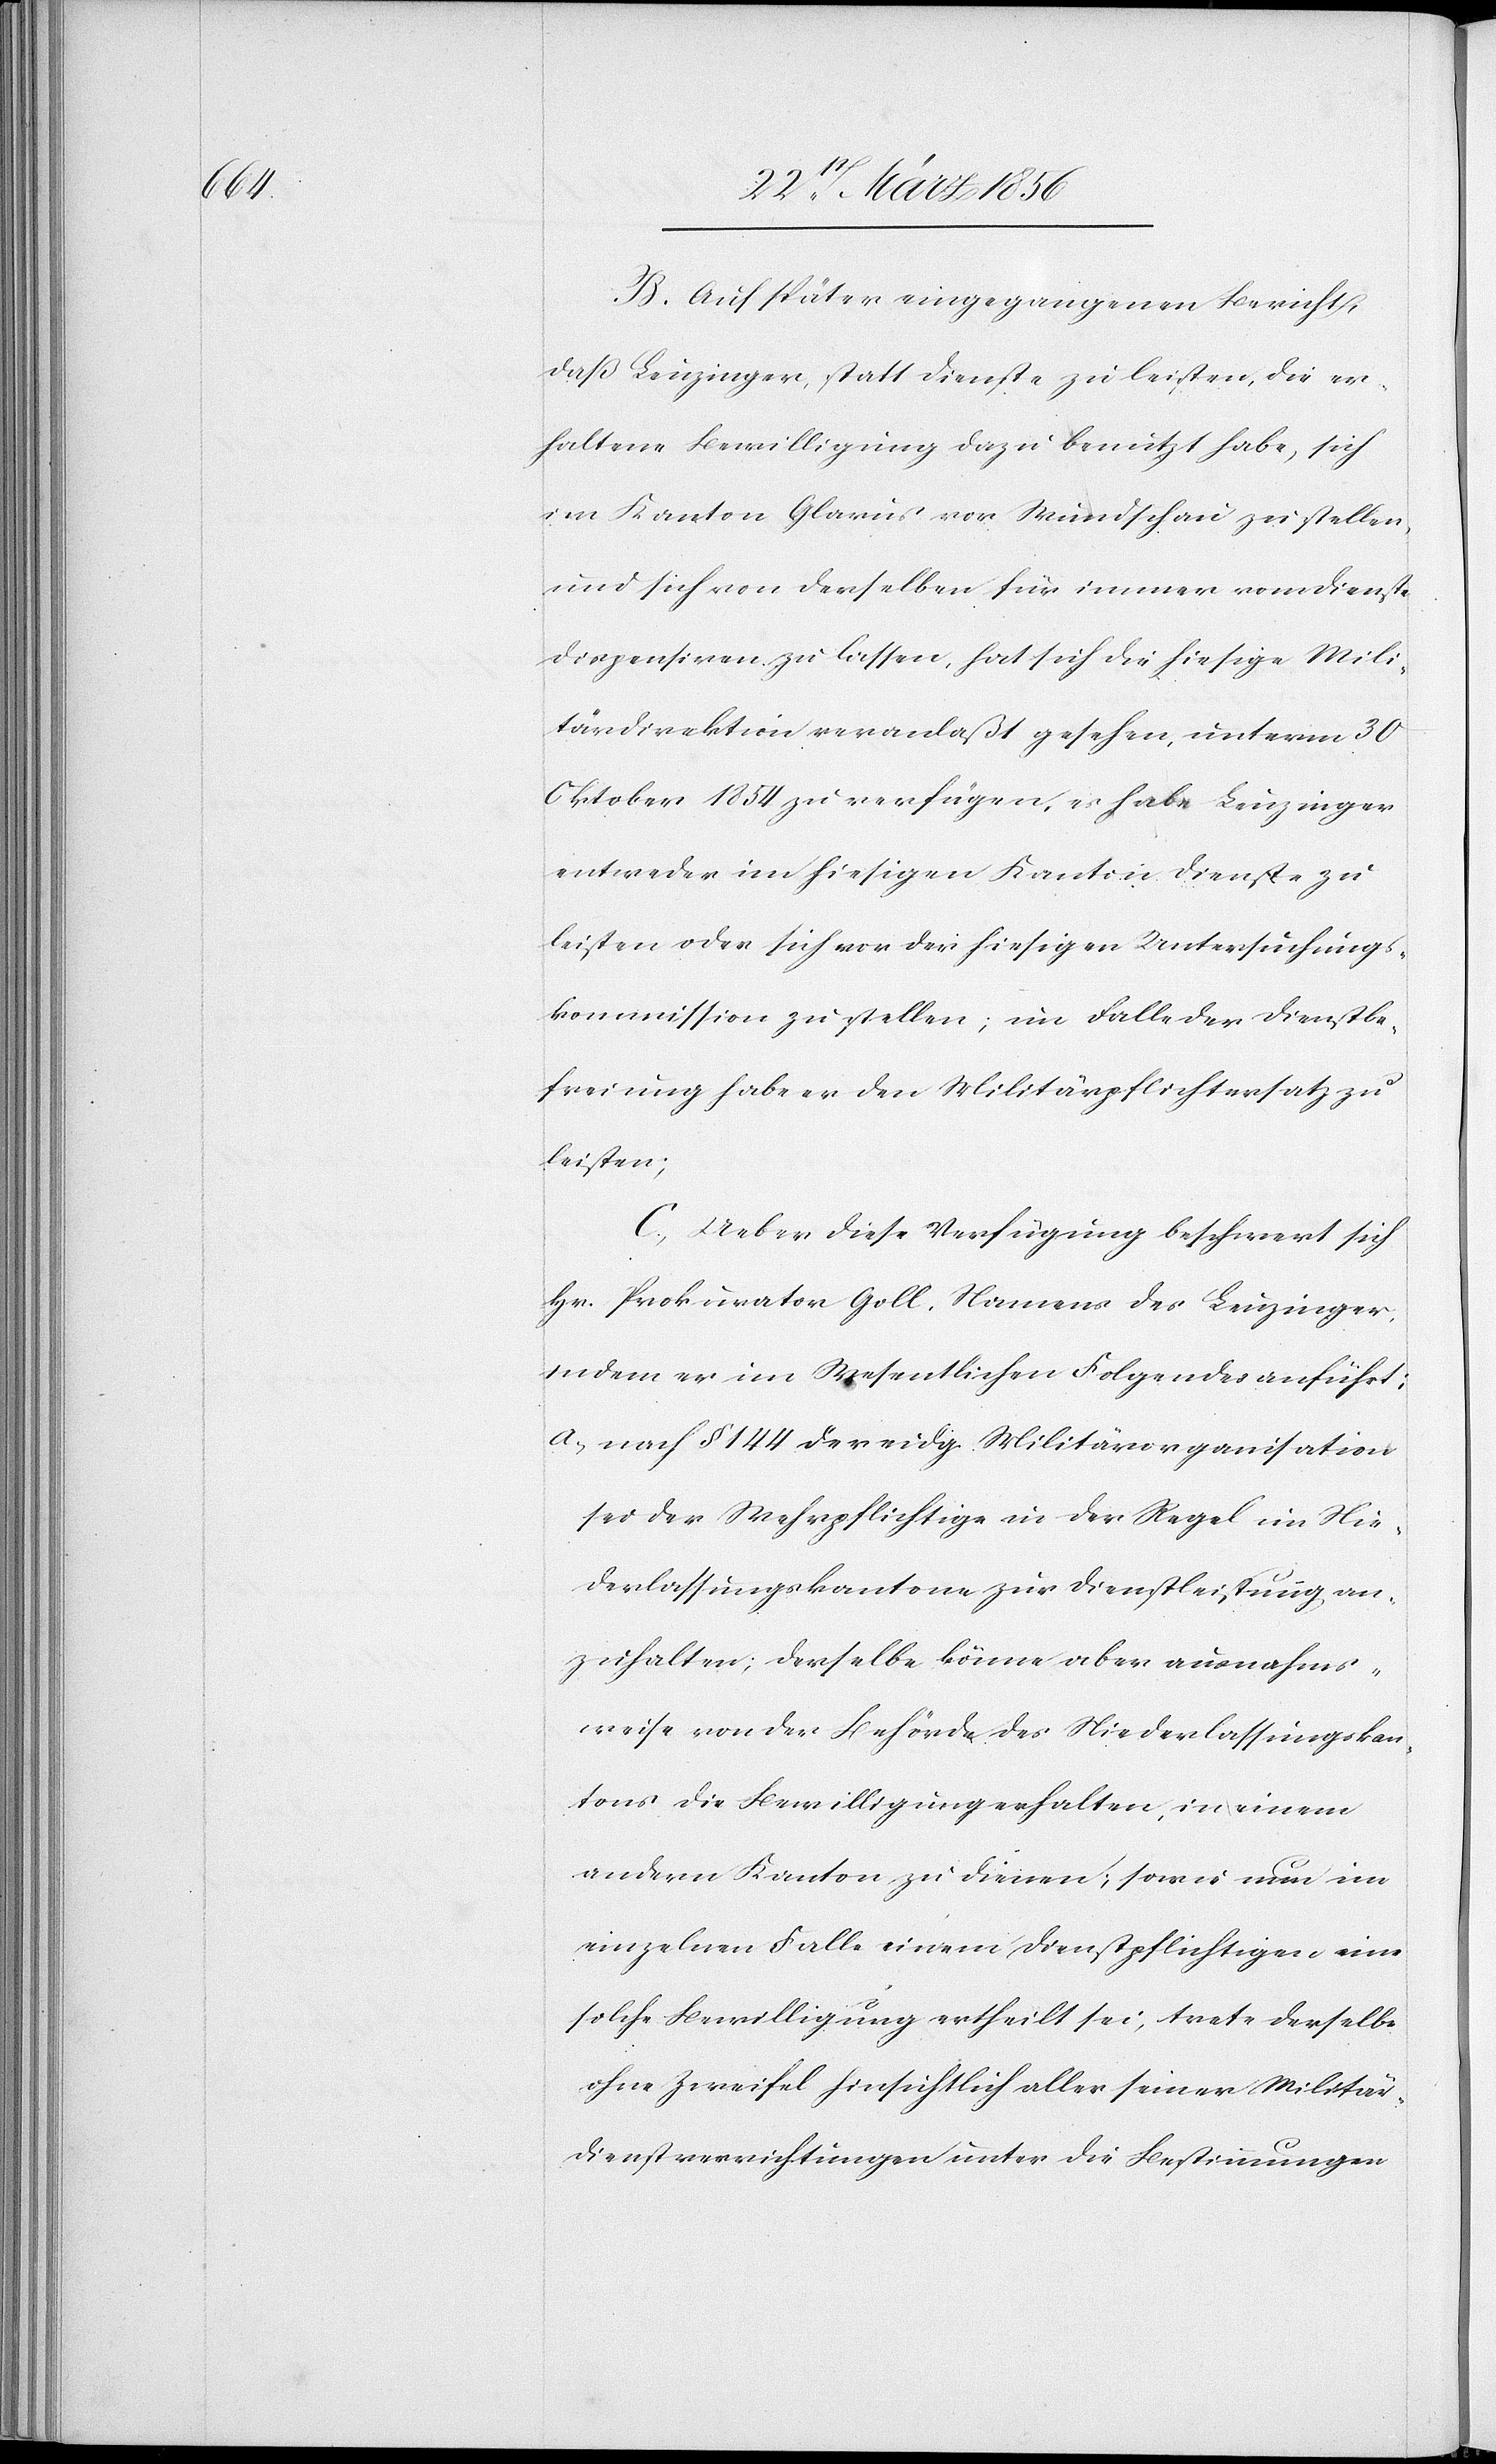
B. Auf später eingegangenen Bericht,
daß Leuzinger, statt Dienst zu leisten, die er¬
haltene Bewilligung dazu benutzt habe, sich
im Kanton Glarus vor Wundschau zu stellen,
und sich von derselben für immer vom Dienste
dispensiren zu lassen, hat sich die hiesige Mili¬
tärdirektion veranlaßt gesehen, unterm 30
Oktober 1854 zu verfügen, es habe Leuzinger
entweder im hiesigen Kanton Dienste zu
leisten oder sich vor der hiesigen Untersuchungs¬
kommission zu stellen; im Falle der Dienstbe¬
freiung habe er den Militärpflichtersatz zu
leisten;
C., Ueber diese Verfügung beschwert sich
Hr. Prokurator Goll, Namens des Leuzinger
indem er im Wesentlichen Folgendes anführt:
a., nach § 144 der eidg. Militärorganisation
sei der Mehrpflichtige in der Regel im Nie¬
derlassungskantone zur Dienstleistung an¬
zuhalten; derselbe könne aber ausnahms¬
weise von der Behörde des Niederlassungskan¬
tons die Bewilligung erhalten, in einem
andern Kanton zu dienen; sowie nun im
einzelnen Falle einem Dienstpflichtigen eine
solche Bewilligung ertheilt sei, trete derselbe
ohne Zweifel hinsichtlich aller seiner Militär¬
dienstverrichtungen unter die Bestimmungen